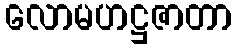
လောမဟဋ္ဌဇာတာ